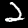
Digit: 2